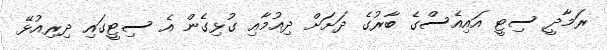
ރަމާދީ ސިޓީ އައިއެސްގެ ބާރުގެ ދަށަށް ދިއުމާއި ގުޅިގެން އެ ސިޓީގައި ދިރިއުޅޭ